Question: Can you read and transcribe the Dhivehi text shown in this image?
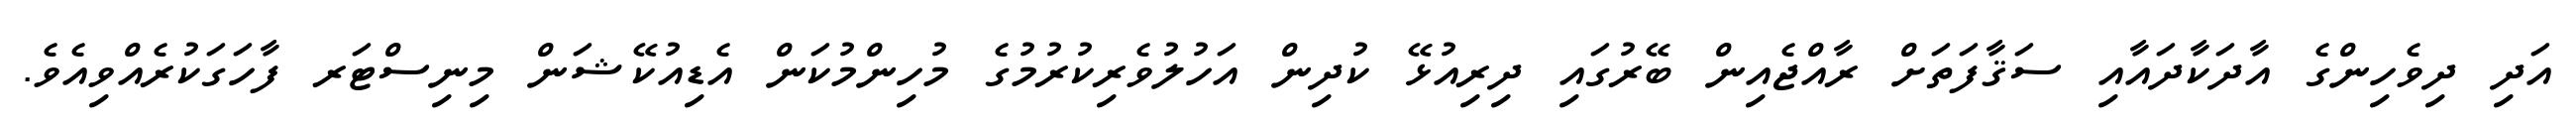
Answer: އަދި ދިވެހިންގެ އާދަކާދައާއި ސަޤާފަތަށް ރާއްޖެއިން ބޭރުގައި ދިރިއުޅޭ ކުދިން އަހުލުވެރިކުރުމުގެ މުހިންމުކަން އެޑިއުކޭޝަން މިނިސްޓަރ ފާހަގަކުރެއްވިއެވެ.